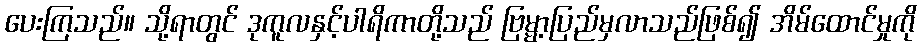
ပေးကြသည်။ သို့ရာတွင် ဒုကူလနှင့်ပါရိကာတို့သည် ဗြမ္မာ့ပြည်မှလာသည်ဖြစ်၍ အိမ်ထောင်မှုကို